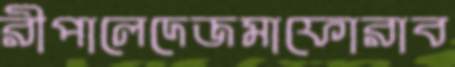
রীপালেদেজমাফোরাব